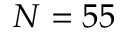
N = 5 5